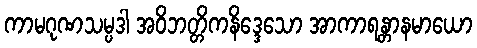
ကာမဂုဏသမ္ပဒါ အဝိဘတ္တိကနိဒ္ဒေသော အာကာရန္တာနမာယော